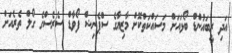
އަދި ރީބައުންޑް ބޯޅައަށް މަސައްކަތްކޮށް މާޒިޔާގެ ސްޕެނިޝް ފޯވާޑް ސެރެސްގެ ގޯލް ތެރެއަށް